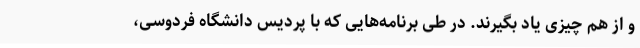
و از هم چیزی یاد بگیرند. در طی برنامه‌هایی که با پردیس دانشگاه فردوسی،